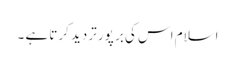
اسلام اس کی بر پور تردید کرتا ہے ۔